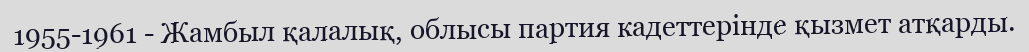
1955-1961 - Жамбыл қалалық, облысы партия кадеттерінде қызмет атқарды.